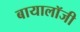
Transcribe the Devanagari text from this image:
बायालॉजी